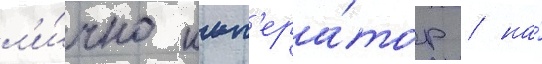
л'и́чно имп'ера́тор / на́